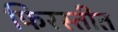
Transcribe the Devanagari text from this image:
फिरस्तीत